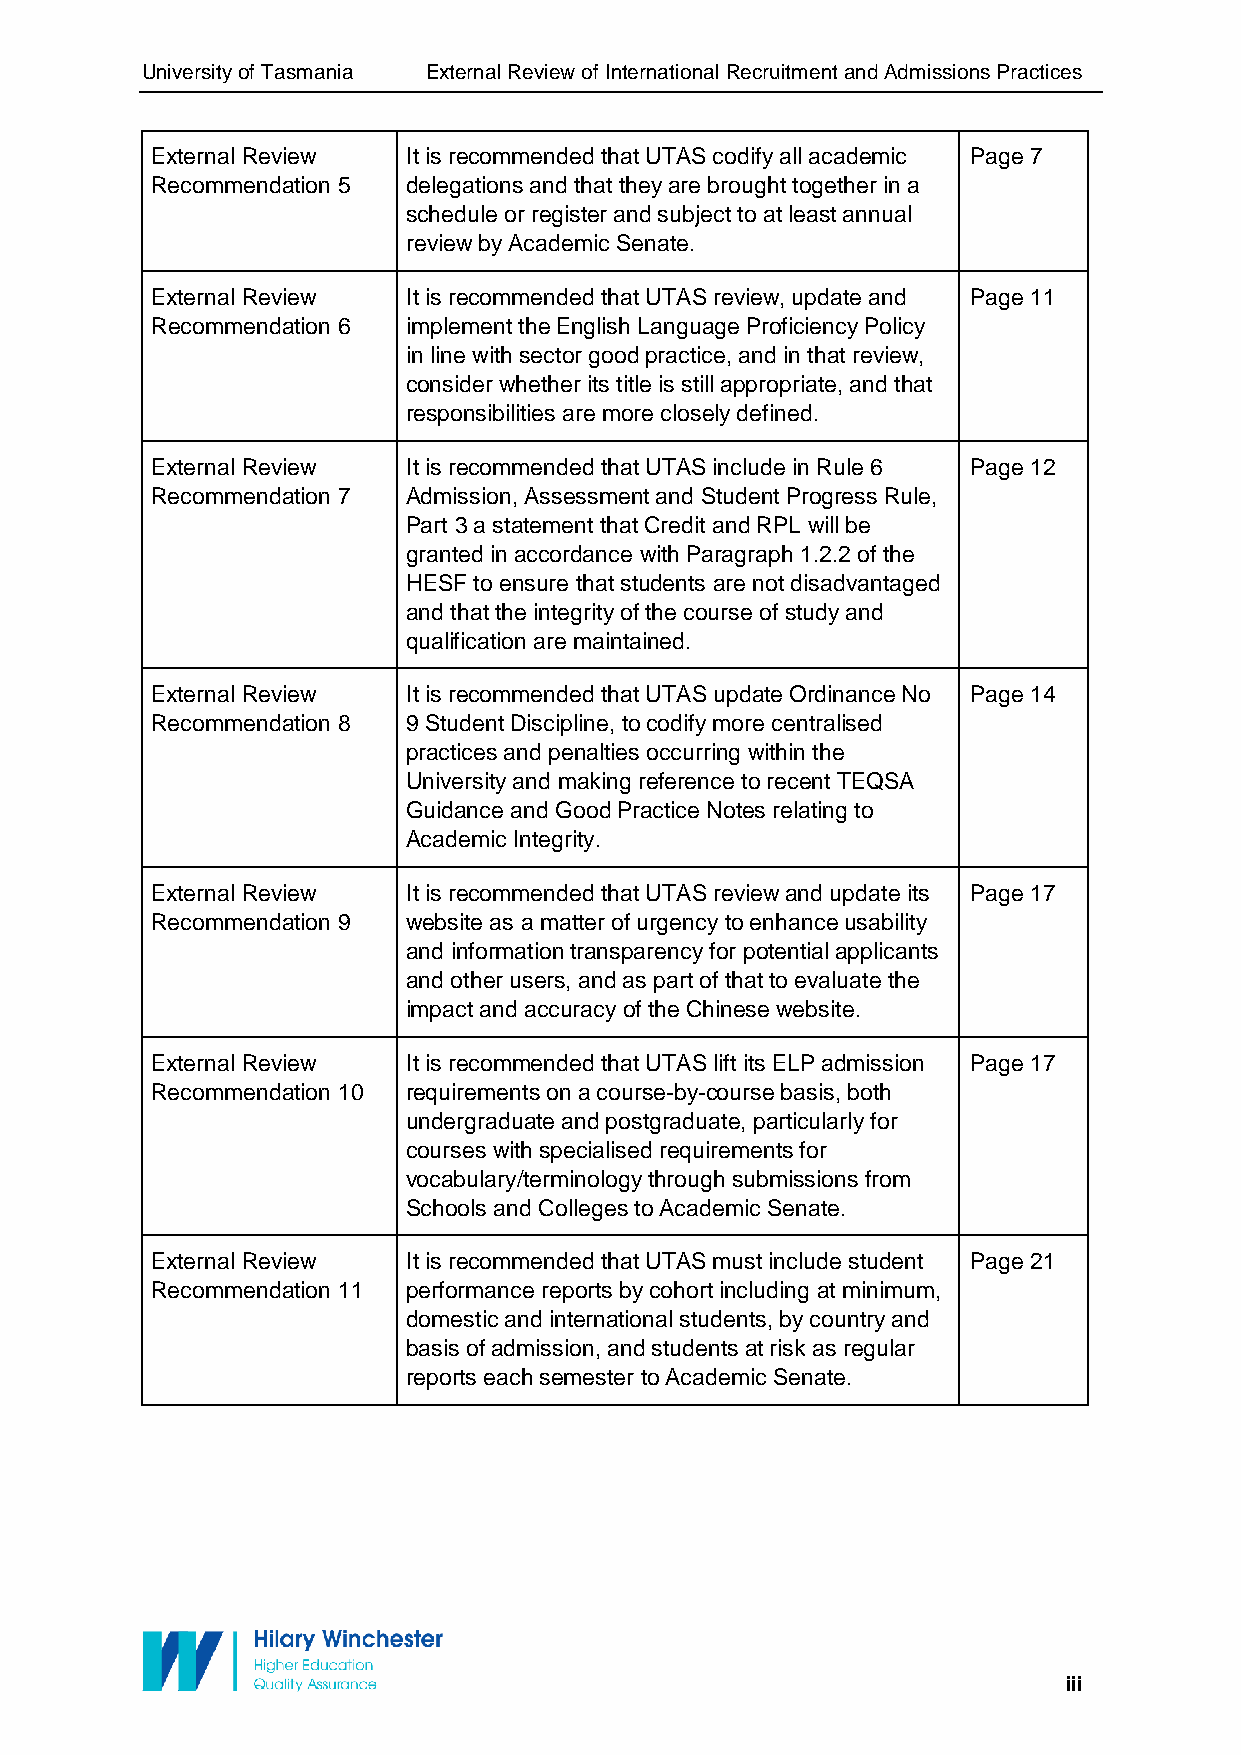
University of Tasmania External Review of International Recruitment and Admissions Practices
 External Review  It is recommended that UTAS codify all academic Page 7
 Recommendation 5 delegations and that they are brought together in a
 schedule or register and subject to at least annual
 review by Academic Senate.
 External Review  It is recommended that UTAS review, update and Page 11
 Recommendation 6 implement the English Language Proficiency Policy
 in line with sector good practice, and in that review,
 consider whether its title is still appropriate, and that
 responsibilities are more closely defined.
 External Review  It is recommended that UTAS include in Rule 6 Page 12
 Recommendation 7 Admission, Assessment and Student Progress Rule,
 Part 3 a statement that Credit and RPL will be
 granted in accordance with Paragraph 1.2.2 of the
 HESF to ensure that students are not disadvantaged
 and that the integrity of the course of study and
 qualification are maintained.
 External Review  It is recommended that UTAS update Ordinance No Page 14
 Recommendation 8 9 Student Discipline, to codify more centralised
 practices and penalties occurring within the
 University and making reference to recent TEQSA
 Guidance and Good Practice Notes relating to
 Academic Integrity.
 External Review  It is recommended that UTAS review and update its Page 17
 Recommendation 9 website as a matter of urgency to enhance usability
 and information transparency for potential applicants
 and other users, and as part of that to evaluate the
 impact and accuracy of the Chinese website.
 External Review  It is recommended that UTAS lift its ELP admission Page 17
 Recommendation 10 requirements on a course-by-course basis, both
 undergraduate and postgraduate, particularly for
 courses with specialised requirements for
 vocabulary/terminology through submissions from
 Schools and Colleges to Academic Senate.
 External Review  It is recommended that UTAS must include student Page 21
 Recommendation 11 performance reports by cohort including at minimum,
 domestic and international students, by country and
 basis of admission, and students at risk as regular
 reports each semester to Academic Senate.
 iii